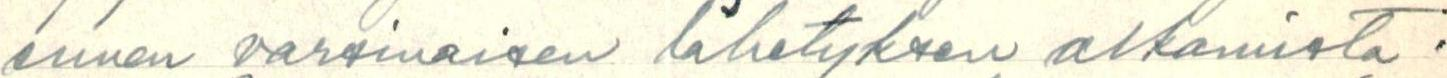
ennen varsinaisen lähetyksen alkamista.